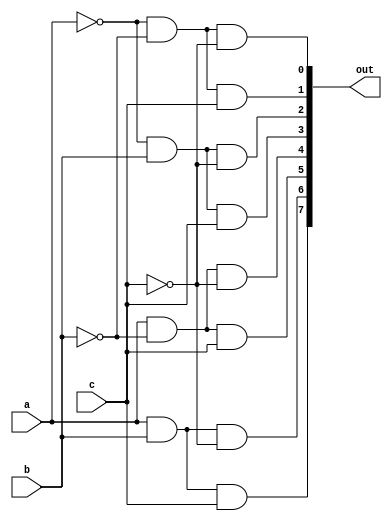
// Implementation of 3x8 decoder
module decoder3x8(
  input a, input b, input c, output[7:0] out
);
  	assign out [0] = (~a&~b&~c) ;
    assign out [1] =(~a&~b&c) ;
    assign out [2] =(~a&b&~c);
    assign out [3] = (~a&b&c);
    assign out [4] = (a&~b&~c);
    assign out [5] = (a&~b&c);
    assign out [6] = (a&b&~c);
    assign out [7] = (a&b&c);
endmodule